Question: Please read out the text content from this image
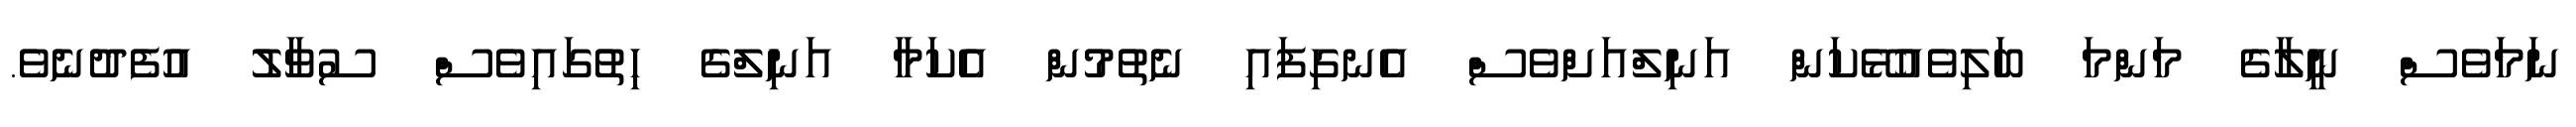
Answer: ނަމަވެސް ނީލާގެ މަންމަ ބަލިވެއުޅޭކަން އަނިލްއަށްވެސް އެނގިފައި ނެތުމުން އެކަމާ އަނިލްގެ ހިތުގައިވެސް ސުވާލު އުފެދުނެވެ.